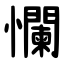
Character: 㦨